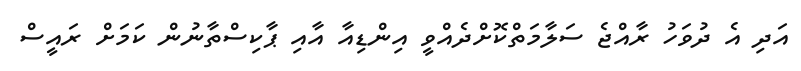
އަދި އެ ދުވަހު ރާއްޖެ ސަލާމަތްކޮށްދެއްވީ އިންޑިއާ އާއި ޕާކިސްތާނުން ކަމަށް ރައީސް